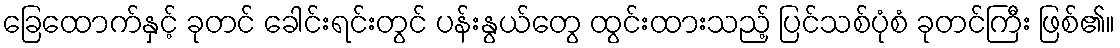
ခြေထောက်နှင့် ခုတင် ခေါင်းရင်းတွင် ပန်းနွယ်တွေ ထွင်းထားသည့် ပြင်သစ်ပုံစံ ခုတင်ကြီး ဖြစ်၏။